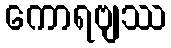
ကောရဗျဿ